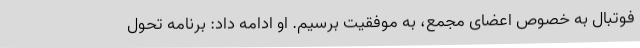
فوتبال به خصوص اعضای مجمع، به موفقیت برسیم. او ادامه داد: برنامه تحول